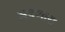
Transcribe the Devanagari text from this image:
अडणारा